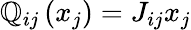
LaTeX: \mathbb{Q}_{ij}\left(x_{j}\right)=J_{ij}x_{j}